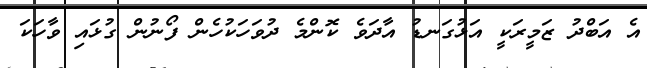
އެ އަބްދު ޒަމީރަކީ އަޅުގަނޑު އާދަވެ ކޮންމެ ދުވަހަކުހެން ފޯނުން ގުޅައި ވާހަކަ